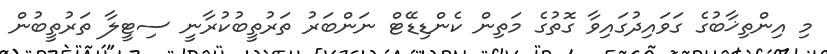
މި އިންތިޚާބުގެ ގަވައިދުގައިވާ ގޮތުގެ މަތިން ކެންޑިޑޭޓް ނަންބަރު ތަރުތީބުކުރާނީ ސިޓީލާ ތަރުތީބުން